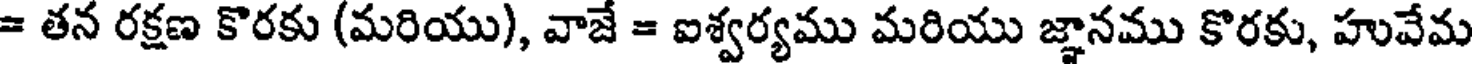
= తన రక్షణ కొరకు (మరియు), వాజే = ఐశ్వర్యము మరియు జ్ఞానము కొరకు, హువేమ